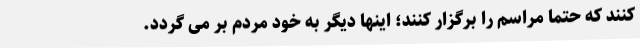
کنند که حتما مراسم را برگزار کنند؛ اینها دیگر به خود مردم بر می گردد.